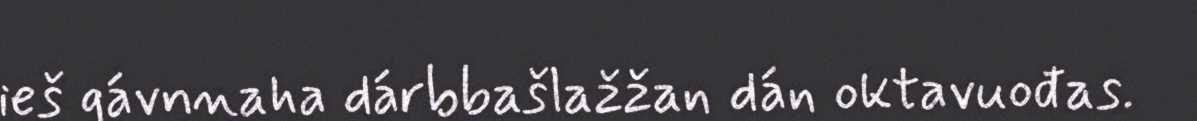
ieš gávnnaha dárbbašlažžan dán oktavuođas.